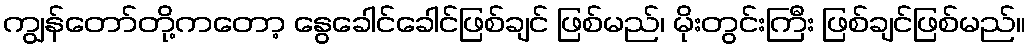
ကျွန်တော်တို့ကတော့ နွေခေါင်ခေါင်ဖြစ်ချင် ဖြစ်မည်၊ မိုးတွင်းကြီး ဖြစ်ချင်ဖြစ်မည်။